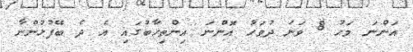
އަންނަ މަހު 8 ވަނަ ދުވަހު އޮންނަ އިންތިހާބުގައި އެ ދެ ބޭފުޅުންނާ